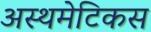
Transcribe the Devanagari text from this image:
अस्थमेटिकस